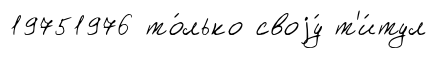
19751976 то́лько своjу́ т'и́тул